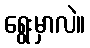
ရွေးမှာလဲ။